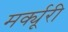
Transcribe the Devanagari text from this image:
मर्क्यूरी